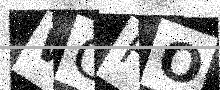
Text: WGFO